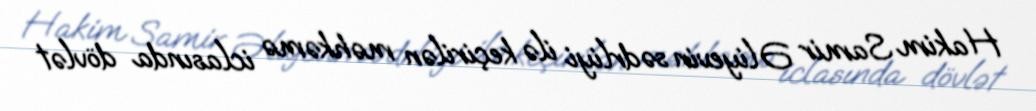
Hakim Samir Əliyevin sədrliyi ilə keçirilən məhkəmə iclasında dövlət